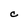
Character: C